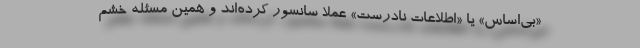
«بی‌اساس» یا «اطلاعات نادرست» عملاً سانسور کرده‌اند و همین مسئله خشم